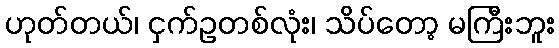
ဟုတ်တယ်၊ ငှက်ဥတစ်လုံး၊ သိပ်တော့ မကြီးဘူး